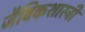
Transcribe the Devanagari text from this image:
जैविकशास्त्री